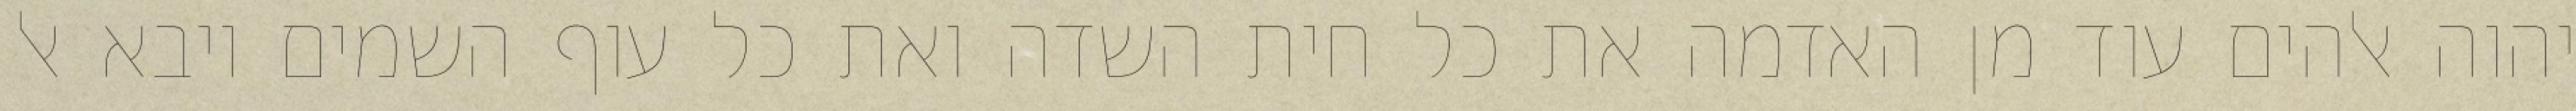
יהוה אלהים עוד מן האדמה את כל חית השדה ואת כל עוף השמים ויבא אל